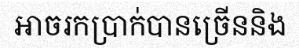
អាចរកប្រាក់បានច្រើននិង